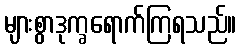
များစွာဒုက္ခရောက်ကြရသည်။